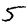
Digit: 5